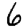
Digit: 6